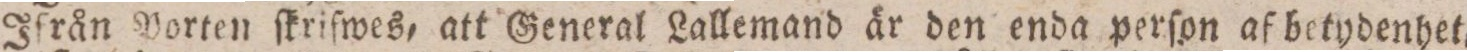
Ifrån Porten ſkrifwes, att General Lallemand är den enda perſon af betydenhet,